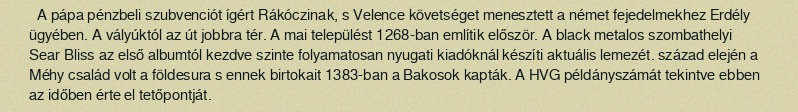
A pápa pénzbeli szubvenciót ígért Rákóczinak, s Velence követséget menesztett a német fejedelmekhez Erdély ügyében. A vályúktól az út jobbra tér. A mai települést 1268-ban említik először. A black metalos szombathelyi Sear Bliss az első albumtól kezdve szinte folyamatosan nyugati kiadóknál készíti aktuális lemezét. század elején a Méhy család volt a földesura s ennek birtokait 1383-ban a Bakosok kapták. A HVG példányszámát tekintve ebben az időben érte el tetőpontját.